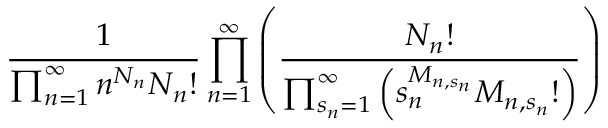
\frac { 1 } { \prod _ { n = 1 } ^ { \infty } n ^ { N _ { n } } N _ { n } ! } \prod _ { n = 1 } ^ { \infty } \left( \frac { N _ { n } ! } { \prod _ { s _ { n } = 1 } ^ { \infty } \left( s _ { n } ^ { M _ { n , s _ { n } } } M _ { n , s _ { n } } ! \right) } \right)